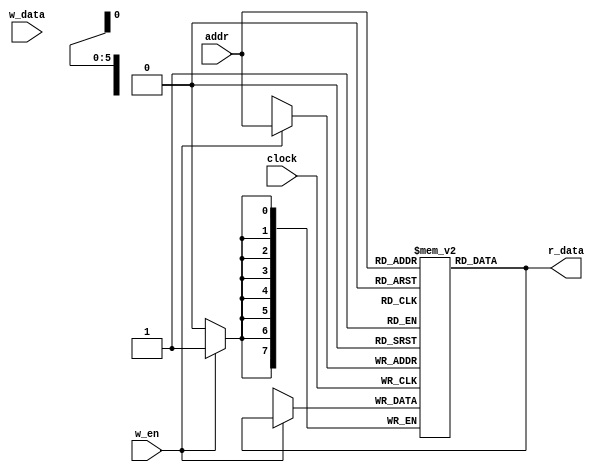
module ram_consonants(
    input [5:0]addr,
    input w_en,
    input clock,
    input [7:0]w_data,
    output [7:0]r_data
    );
    
    reg [7:0] memorie_efectiva [0:63];
    assign r_data = memorie_efectiva[addr];
    
    always@(posedge clock) begin
        if(w_en == 1)
            memorie_efectiva[addr] <= r_data;
         
    end 
    
    
endmodule